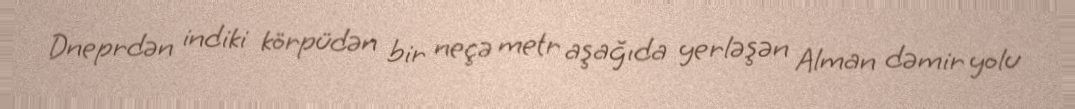
Dneprdən indiki körpüdən bir neçə metr aşağıda yerləşən Alman dəmir yolu